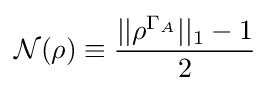
{\mathcal {N}}(\rho )\equiv {\frac {||\rho ^{\Gamma _{A}}||_{1}-1}{2}}